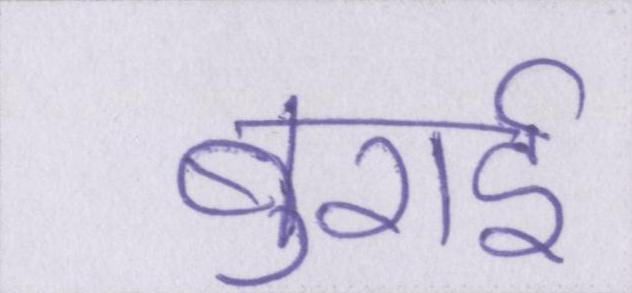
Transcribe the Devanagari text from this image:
बुराई